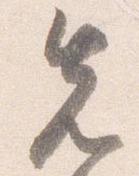
先